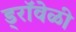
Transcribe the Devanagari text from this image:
ड्रॉवेळी